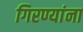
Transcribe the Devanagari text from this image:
गिरण्यांना